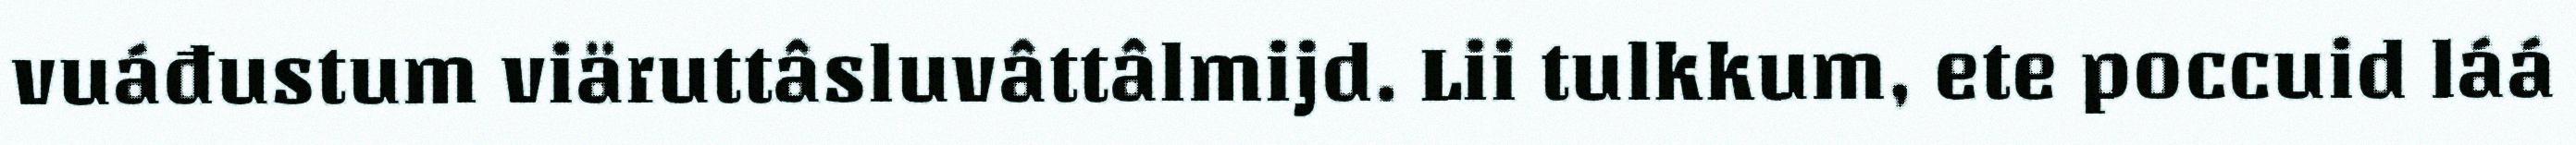
vuáđustum viäruttâsluvâttâlmijd. Lii tulkkum, ete poccuid láá